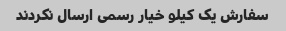
سفارش یک کیلو خیار رسمی ارسال نکردند